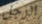
الرجل